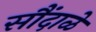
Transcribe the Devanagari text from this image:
सौंदाळे